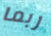
ربما